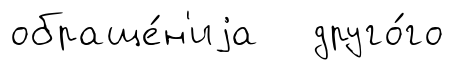
обраще́н'иjа друго́го